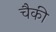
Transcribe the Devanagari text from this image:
चैकी